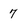
Character: 7